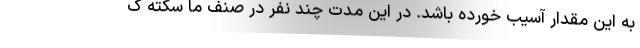
به این مقدار آسیب خورده باشد. در این مدت چند نفر در صنف ما سکته ک